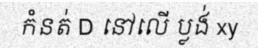
កំនត់ D នៅលើ ប្លង់ xy